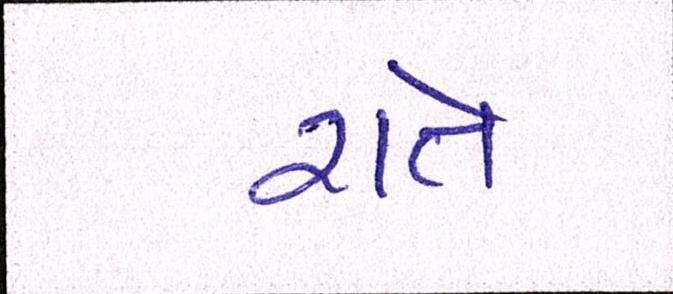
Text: રાતે